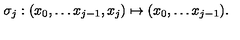
\sigma _ { j } : ( x _ { 0 } , \ldots x _ { j - 1 } , x _ { j } ) \mapsto ( x _ { 0 } , \ldots x _ { j - 1 } ) .